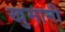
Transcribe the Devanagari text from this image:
खुमानी